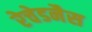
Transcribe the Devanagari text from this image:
रेचेडनैस